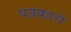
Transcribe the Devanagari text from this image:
पत्रकारो